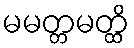
မမတ္တမတ္ထိ